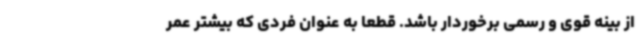
از بینه قوی و رسمی برخوردار باشد. قطعا به عنوان فردی که بیشتر عمر